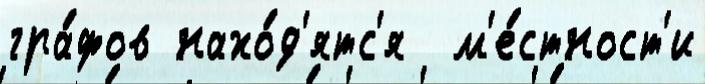
гра́фов нахо́д'ятс'я  м'е́стност'и